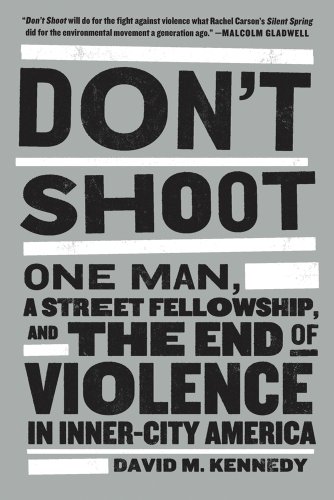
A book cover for Don't Shoot: One Man, A Street Fellowship, and the End of Violence in Inner-City America; David M. Kennedy; Politics & Social Sciences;